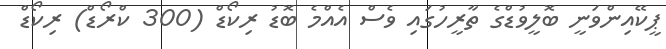
ޕީކޭއިންވަނީ ބޮލީވުޑްގެ ތާރީހުގައި ވެސް އެއްމެ ބޮޑު ރިކޯޑް (300 ކްރޯޑް) ރިކޯޑް